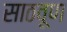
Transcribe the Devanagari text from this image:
साठवूण